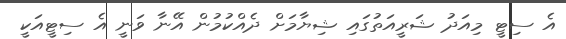
އެ ސިޓީ މިއަދު ޝަރީއަތުގައި ޝިޔާމަށް ދެއްކުމުން އޭނާ ވަނީ އެ ސިޓީއަކީ